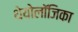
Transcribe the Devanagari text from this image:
थेयोलॉजिका